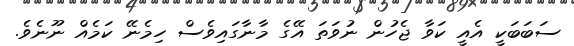
ސަބަބަކީ އެއީ ކަވާ ޖެހުން ނުވަތަ އޭގެ މާނާގައިވެސް ހިމެނޭ ކަމެއް ނޫނެވެ.